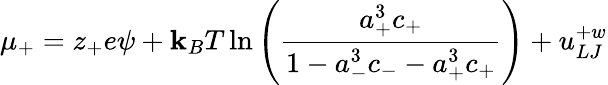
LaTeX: \mu_{+}=z_{+}e\psi+\mathbf{k}_{B}T\ln\left({\frac{{a_{+}^{3}c_{+}}}{{1-a_{-}^{3}c_{-}-a_{+}^{3}c_{+}}}}\right)+u_{LJ}^{+w}